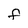
Character: f